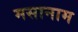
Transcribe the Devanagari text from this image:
मसानाम